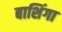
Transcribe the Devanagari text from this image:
बाशिंगा